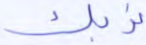
نربك